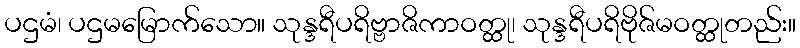
ပဌမံ၊ ပဌမမြောက်သော။ သုန္ဒရီပရိဗ္ဗာဇိကာဝတ္ထု၊ သုန္ဒရီပရိဗိုဇ်မဝတ္ထုတည်း။